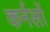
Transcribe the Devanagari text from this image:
कर्नलों